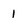
Character: 1